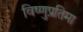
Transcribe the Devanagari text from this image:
विष्णुप्रतिमा